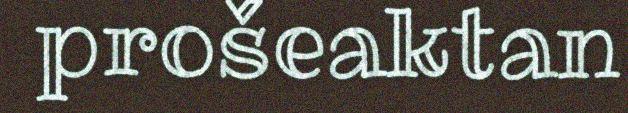
prošeaktan